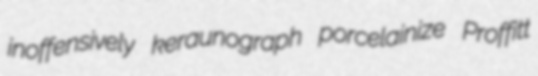
inoffensively keraunograph porcelainize Proffitt